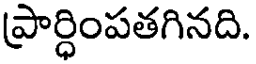
ప్రార్ధింపతగినది.